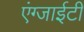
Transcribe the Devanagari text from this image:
एंग्जाईटी